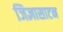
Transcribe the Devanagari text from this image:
जिज्ञासाटन